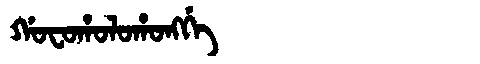
Manchu: ᡤᠣᠸᠣᡥᠣᠯᠣᡥᠣᠩᡤᡝ
Romanization: GOFOHOLOHONGGE